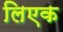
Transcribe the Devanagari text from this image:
लिएक